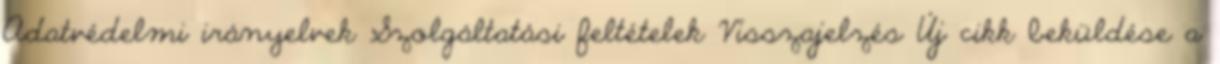
Adatvédelmi irányelvek Szolgáltatási feltételek Visszajelzés Új cikk beküldése a